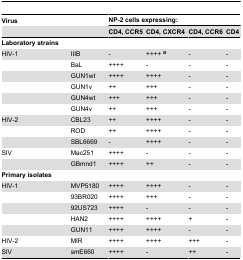
| Virus |  | <COLSPAN=4> NP-2 cells expressing: |
 |  |  | CD4, CCR5 | CD4, CXCR4 | CD4, CCR6 | CD4 |
 | --- | --- | --- | --- | --- | --- |
 | Laboratory strains |  |  |  |  |  |
 | HIV-1 | IIIB | - | ++++ a | - | - |
 |  | BaL | ++++ | - | - | - |
 |  | GUN1wt | ++++ | ++++ | - | - |
 |  | GUN1v | ++ | +++ | - | - |
 |  | GUN4wt | +++ | +++ | - | - |
 |  | GUN4v | ++ | +++ | - | - |
 | HIV-2 | CBL23 | ++ | ++++ | - | - |
 |  | ROD | ++ | ++++ | - | - |
 |  | SBL6669 | - | ++++ | - | - |
 | SIV | Mac251 | ++++ | - | - | - |
 |  | GBmnd1 | ++++ | ++ | - | - |
 | Primary isolates |  |  |  |  |  |
 | HIV-1 | MVP5180 | ++++ | ++++ | - | - |
 |  | 93BR020 | ++++ | +++ | - | - |
 |  | 92US723 | ++++ | - | - | - |
 |  | HAN2 | ++++ | ++++ | + | - |
 |  | GUN11 | ++++ | ++++ | - | - |
 | HIV-2 | MIR | ++++ | ++++ | +++ | - |
 | SIV | smE660 | ++++ | - | ++ | - |